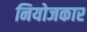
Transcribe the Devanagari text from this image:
नियोजकार